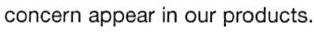
concern appear in our products.